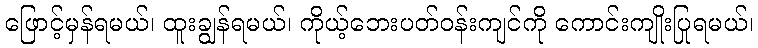
ဖြောင့်မှန်ရမယ်၊ ထူးချွန်ရမယ်၊ ကိုယ့်ဘေးပတ်ဝန်းကျင်ကို ကောင်းကျိုးပြုရမယ်၊